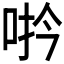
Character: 𪡆